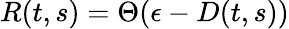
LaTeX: R(t,s)=\Theta(\epsilon-D(t,s))